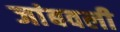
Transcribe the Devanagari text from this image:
जांबवली